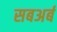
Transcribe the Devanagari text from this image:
सबअर्ब